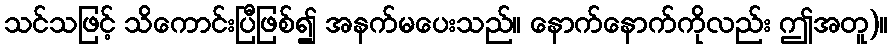
သင်သဖြင့် သိကောင်းပြီဖြစ်၍ အနက်မပေးသည်။ နောက်နောက်ကိုလည်း ဤအတူ)။